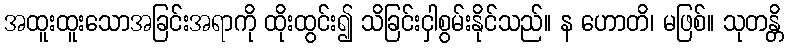
အထူးထူးသောအခြင်းအရာကို ထိုးထွင်း၍ သိခြင်းငှါစွမ်းနိုင်သည်။ န ဟောတိ၊ မဖြစ်။ သုတန္တိ